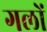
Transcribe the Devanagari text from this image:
गलों